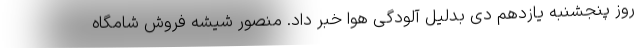
روز پنجشنبه یازدهم دی بدلیل آلودگی هوا خبر داد. منصور شیشه فروش شامگاه